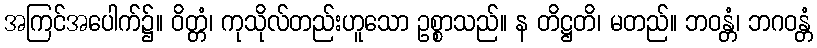
အကြင်အပေါက်၌။ ဝိတ္တံ၊ ကုသိုလ်တည်းဟူသော ဥစ္စာသည်။ န တိဋ္ဌတိ၊ မတည်။ ဘဝန္တံ၊ ဘဂဝန္တံ